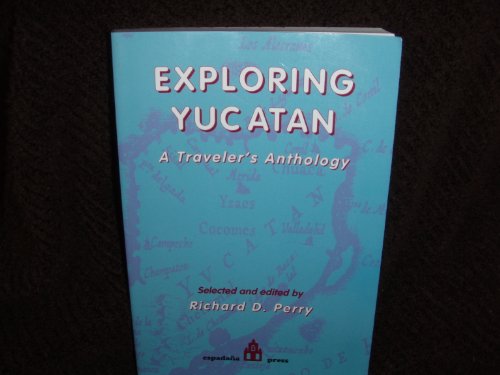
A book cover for Exploring Yucatan: A Traveler's Anthology; Travel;